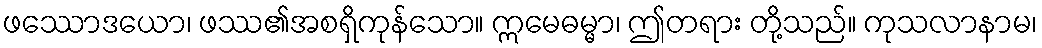
ဖဿောဒယော၊ ဖဿ၏အစရှိကုန်သော။ ဣမေဓမ္မာ၊ ဤတရား တို့သည်။ ကုသလာနာမ၊